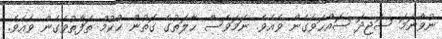
ނުވާނަމަ ސަޖިދަ ޞައްޙަވެގެން ވެއެވެ. ނަމަވެސް ޙާލަތުގެ ގޮތުން ޙުކުމް ތަފާތުވެގެން ވެއެވެ.